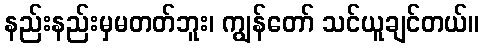
နည်းနည်းမှမတတ်ဘူး၊ ကျွန်တော် သင်ယူချင်တယ်။